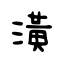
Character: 潢